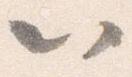
以